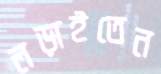
লড়াইতেন